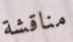
مناقشة